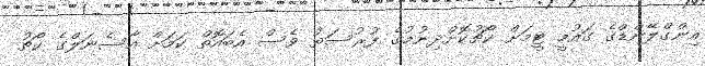
އިންގްލޭންޑްގެ ގައުމީ ޓީމަށް ކޯޗުކޮށްދިނުމުގެ ފުރުސަތު ވެސް އެބައޮތް ކަމަށް އާސެނަލްގެ ކޯޗު